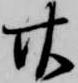
廿